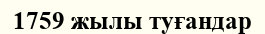
1759 жылы туғандар